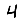
Digit: 4